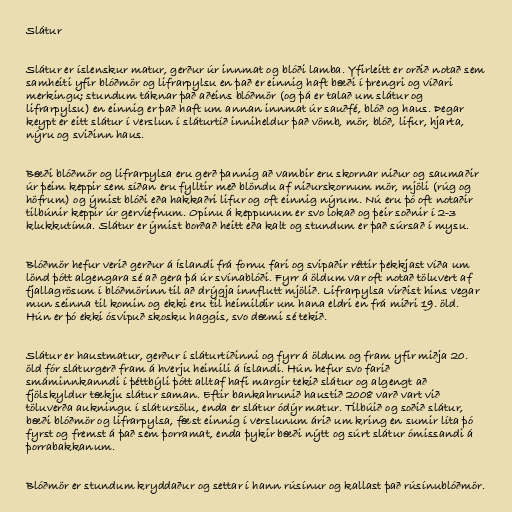
Slátur

Slátur er íslenskur matur, gerður úr innmat og blóði lamba. Yfirleitt er orðið notað sem
samheiti yfir blóðmör og lifrarpylsu en það er einnig haft bæði í þrengri og víðari
merkingu; stundum táknar það aðeins blóðmör (og þá er talað um slátur og
lifrarpylsu) en einnig er það haft um annan innmat úr sauðfé, blóð og haus. Þegar
keypt er eitt slátur í verslun í sláturtíð inniheldur það vömb, mör, blóð, lifur, hjarta,
nýru og sviðinn haus.

Bæði blóðmör og lifrarpylsa eru gerð þannig að vambir eru skornar niður og saumaðir
úr þeim keppir sem síðan eru fylltir með blöndu af niðurskornum mör, mjöli (rúg og
höfrum) og ýmist blóði eða hakkaðri lifur og oft einnig nýrum. Nú eru þó oft notaðir
tilbúnir keppir úr gerviefnum. Opinu á keppunum er svo lokað og þeir soðnir í 2-3
klukkutíma. Slátur er ýmist borðað heitt eða kalt og stundum er það súrsað í mysu.

Blóðmör hefur verið gerður á Íslandi frá fornu fari og svipaðir réttir þekkjast víða um
lönd þótt algengara sé að gera þá úr svínablóði. Fyrr á öldum var oft notað töluvert af
fjallagrösum í blóðmörinn til að drýgja innflutt mjölið. Lifrarpylsa virðist hins vegar
mun seinna til komin og ekki eru til heimildir um hana eldri en frá miðri 19. öld.
Hún er þó ekki ósvipuð skosku haggis, svo dæmi sé tekið.

Slátur er haustmatur, gerður í sláturtíðinni og fyrr á öldum og fram yfir miðja 20.
öld fór sláturgerð fram á hverju heimili á Íslandi. Hún hefur svo farið
smáminnkanndi í þéttbýli þótt alltaf hafi margir tekið slátur og algengt að
fjölskyldur tækju slátur saman. Eftir bankahrunið haustið 2008 varð vart við
töluverða aukningu í slátursölu, enda er slátur ódýr matur. Tilbúið og soðið slátur,
bæði blóðmör og lifrarpylsa, fæst einnig í verslunum árið um kring en sumir líta þó
fyrst og fremst á það sem þorramat, enda þykir bæði nýtt og súrt slátur ómissandi á
þorrabakkanum.

Blóðmör er stundum kryddaður og settar í hann rúsínur og kallast það rúsínublóðmör.